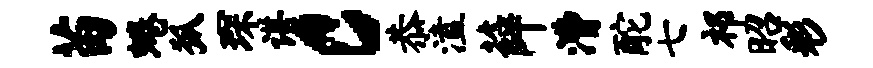
苗蜷狐琛谌c恭溘薛漕酡七祁昭彩